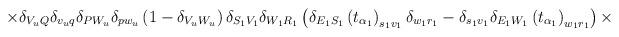
LaTeX: \begin{align*}\times\delta_{V_uQ}\delta_{v_uq}\delta_{PW_u}\delta_{pw_u}\left(1-\delta_{V_uW_u}\right)\delta_{S_1V_1}\delta_{W_1R_1}\left(\delta_{E_1S_1}\left(t_{\alpha_1}\right)_{s_1v_1}\delta_{w_1r_1}-\delta_{s_1v_1}\delta_{E_1W_1}\left(t_{\alpha_1}\right)_{w_1r_1}\right)\times\end{align*}